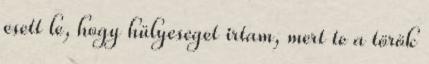
esett le, hogy hülyeseget irtam, mert te a török